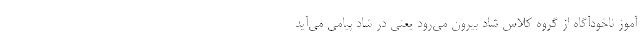
آموز ناخودآگاه از گروه کلاس شاد بیرون می‌رود یعنی در شاد پیامی می‌آید